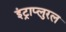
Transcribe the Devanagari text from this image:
इंट्राप्लुरल